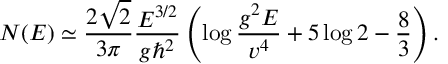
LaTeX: N ( E ) \simeq { \frac { 2 \sqrt { 2 } } { 3 \pi } } { \frac { E ^ { 3 / 2 } } { g \hbar ^ { 2 } } } \left( \log { \frac { g ^ { 2 } E } { v ^ { 4 } } } + 5 \log 2 - { \frac { 8 } { 3 } } \right) .